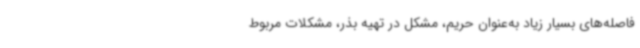
فاصله‌های بسیار زیاد به‌عنوان حریم، مشکل در تهیه بذر، مشکلات مربوط